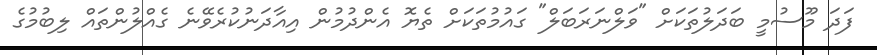
ފަދަ މޫސުމީ ބަދަލުތަކަށް "ވަލްނަރަބަލް" ގައުމުުތަކަށް ތެޔޮ އެންދުމުން އިއާދަނުކުުރެވޭނެ ގެއްލުންތައް ލިބުމުގެ